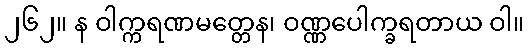
၂၆၂။ န ဝါက္ကရဏမတ္တေန၊ ဝဏ္ဏပေါက္ခရတာယ ဝါ။